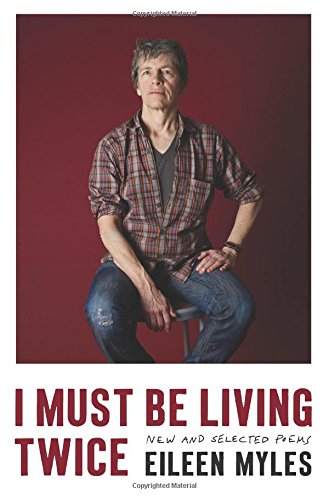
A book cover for I Must Be Living Twice: New and Selected Poems 1975 - 2014; Eileen Myles; Literature & Fiction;